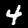
Label: 4